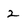
Character: 2